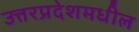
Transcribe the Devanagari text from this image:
उत्तरप्रदेशमधील